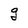
Character: g